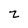
Character: z